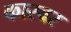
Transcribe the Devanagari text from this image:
कारवर